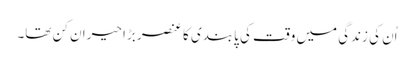
اُن کی زندگی میں وقت کی پابندی کا عنصر بڑا حیران کن تھا۔